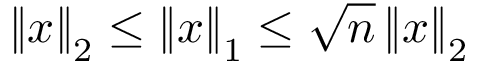
\left\| x \right\| _ { 2 } \leq \left\| x \right\| _ { 1 } \leq { \sqrt { n } } \left\| x \right\| _ { 2 }